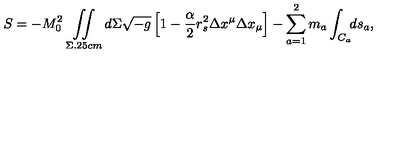
S = - M _ { 0 } ^ { 2 } \mathop { \int \! \! \! \int } _ { \Sigma \hspace * { 0 . 2 5 c m } } d \Sigma \sqrt { - g } \left[ 1 - \frac { \alpha } { 2 } r _ { s } ^ { 2 } \Delta x ^ { \mu } \Delta x _ { \mu } \right] - \sum _ { a = 1 } ^ { 2 } m _ { a } \int _ { C _ { a } } ^ { } \! \! d s _ { a } { , }